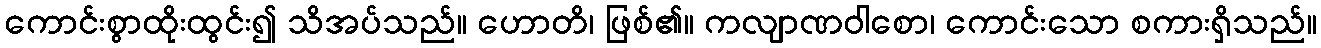
ကောင်းစွာထိုးထွင်း၍ သိအပ်သည်။ ဟောတိ၊ ဖြစ်၏။ ကလျာဏဝါစော၊ ကောင်းသော စကားရှိသည်။